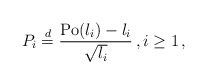
\begin{align*}P_i \stackrel{d}{=} \frac{{\rm Po}(\l_i) - \l_i}{\sqrt{\l_i}}\,, i\ge1\,,\end{align*}